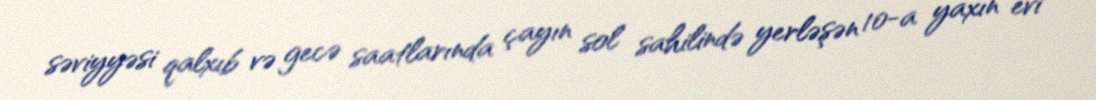
səviyyəsi qalxıb və gecə saatlarında çayın sol sahilində yerləşən 10-a yaxın evi